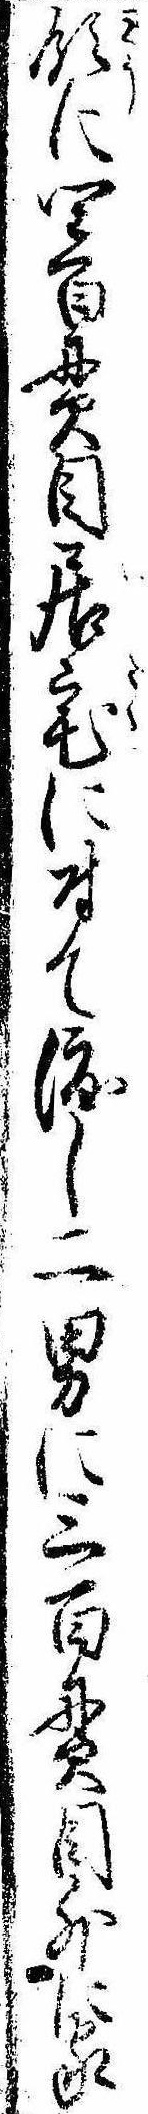
領に四百貫目居宅に付て渡し二男に三百貫目外に家